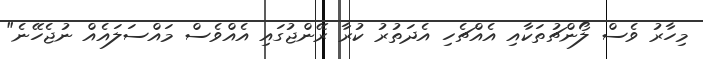
މިހާރު ވެސް ލޯންޗުތަކާއި އެއްޗެހި އެދަތުރު ކުރާ ރޭންޖުގައި އެއްވެސް މައްސަލައެއް ނުޖެހޭނެ"